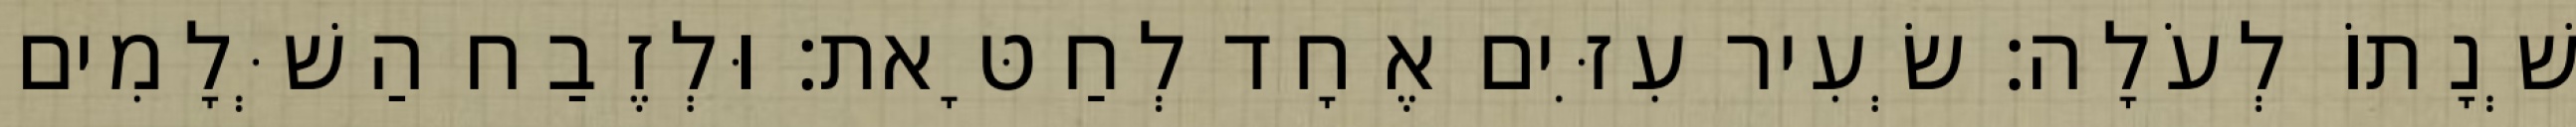
שְׁנָתוֹ לְעֹלָה׃ שְׂעִיר עִזִּים אֶחָד לְחַטָּאת׃ וּלְזֶבַח הַשְּׁלָמִים